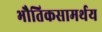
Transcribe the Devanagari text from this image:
भौतिकसामर्थय